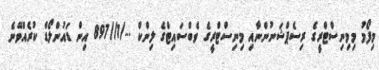
މިފޯމު މިމިނިސްޓްރީގެ ރިސެޕްޝަނުންނާއި މިނިސްޓްރީގެ ވެބްސައިޓްގެ ލިންކް .../1//897 އިން ޑައުންލޯޑް ކުރެއްވޭނެ